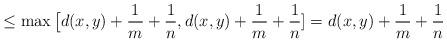
LaTeX: \begin{align*}\leq \max \big[ d(x,y) + \frac1m +\frac1n, d(x,y) +\frac1m +\frac1n] = d(x,y) +\frac1m +\frac1n\end{align*}